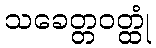
သခေတ္တဝတ္ထုံ